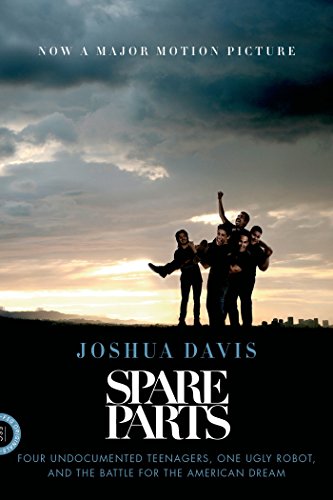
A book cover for Spare Parts: Four Undocumented Teenagers, One Ugly Robot, and the Battle for the American Dream; Joshua Davis; Biographies & Memoirs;